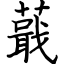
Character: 蕺